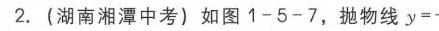
2. (湖南湘潭中考) 如图1 - 5 - 7, 抛物线 \(y = \)